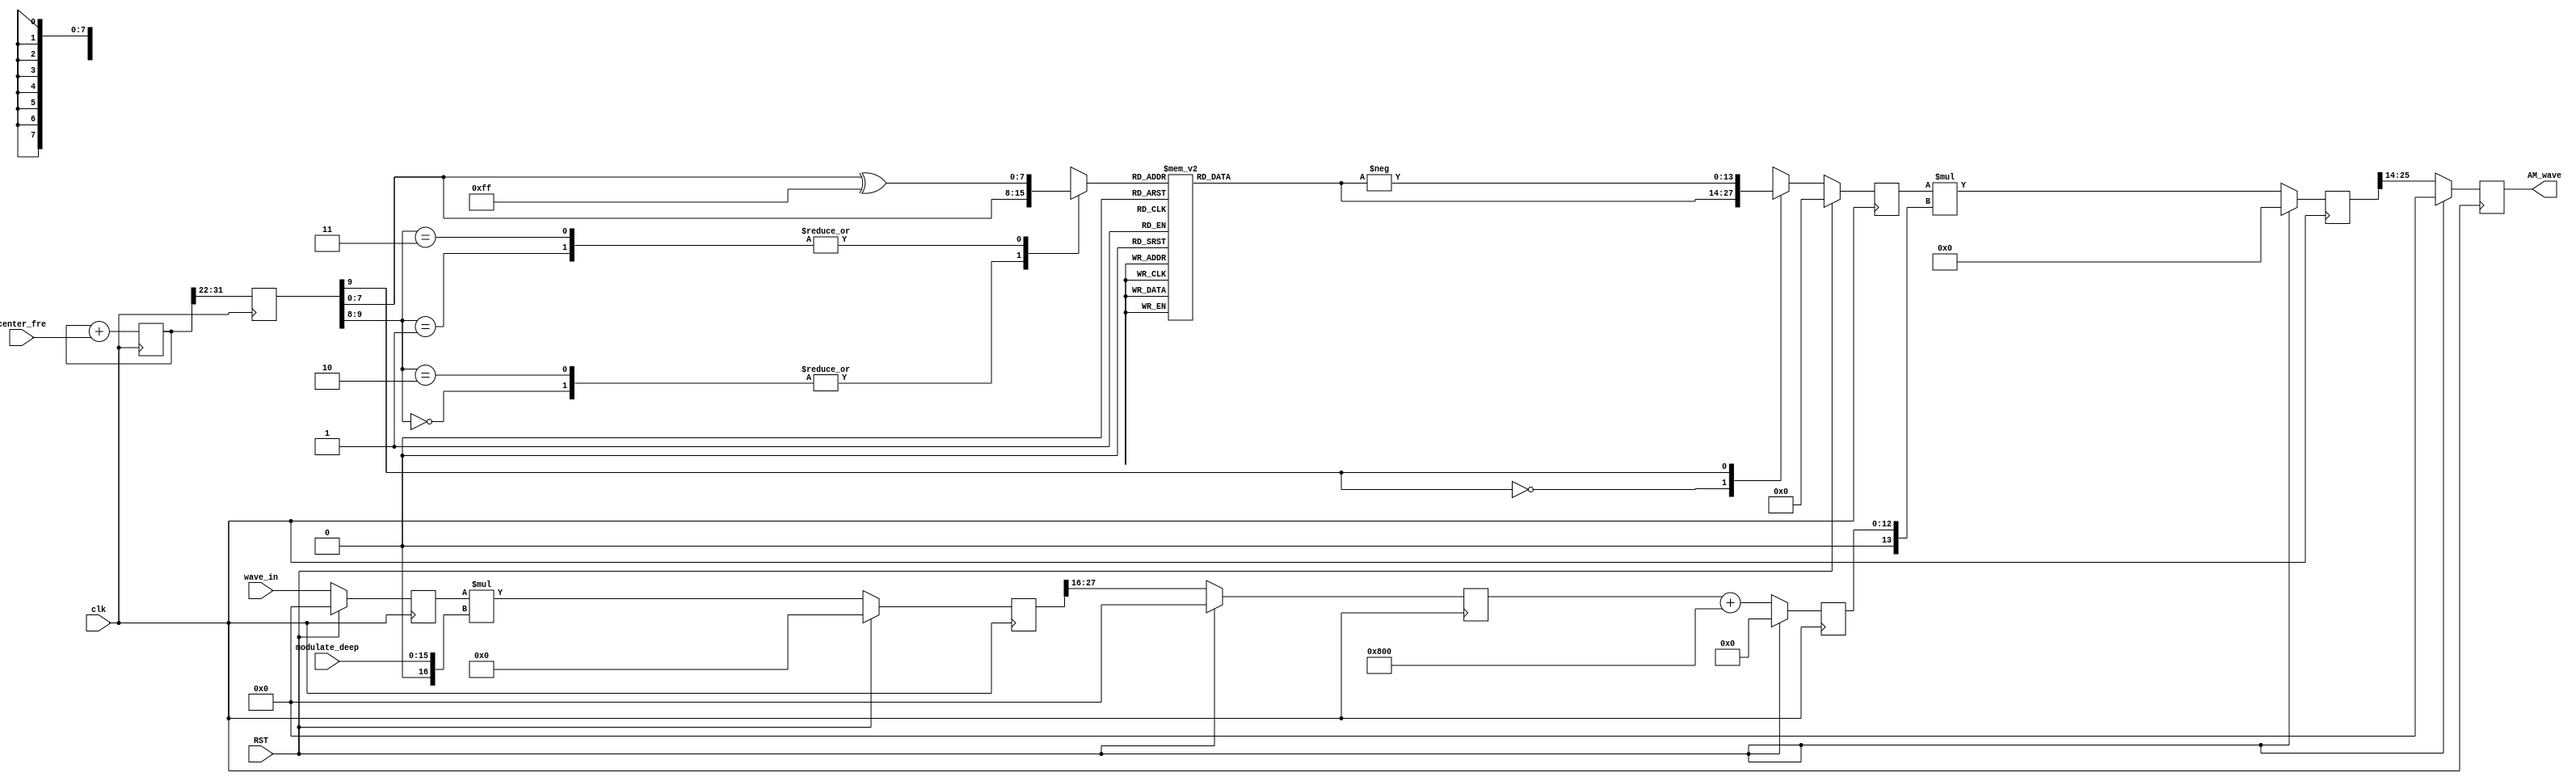
`timescale 1ns / 1ps

module AM_Modulate #(
    parameter INPUT_WIDTH  = 12,
    parameter PHASE_WIDTH  = 32,
	parameter DEEP_WIDTH   = 16,
    parameter OUTPUT_WIDTH = 12
) (
    input                         clk,
    input                         RST,
    input  [INPUT_WIDTH  - 1 : 0] wave_in,
    input  [PHASE_WIDTH  - 1 : 0] center_fre,   //(fre*2^PHASE_WIDTH)/Fc
    input  [DEEP_WIDTH   - 1 : 0] modulate_deep,//(2^DEEP_WIDTH-1)*percent   
    output [OUTPUT_WIDTH - 1 : 0] AM_wave
);

localparam [INPUT_WIDTH - 1 : 0] DC_Value = 2**(INPUT_WIDTH-1);

reg        [INPUT_WIDTH  - 1 : 0] wave_in_r = 0;
always @(posedge clk) begin
    if (RST) begin
        wave_in_r <= 0;
    end
    else begin
        wave_in_r <= wave_in;
    end
end

reg signed [INPUT_WIDTH + DEEP_WIDTH : 0] data_r0 = 0;
always @(posedge clk) begin
    if (RST) begin
        data_r0 <= 0;
    end
    else begin
        data_r0 <= $signed(wave_in_r) * $signed({1'b0,modulate_deep});
    end
end

reg signed [INPUT_WIDTH  - 1 : 0] data_r1 = 0;
always @(posedge clk) begin
    if (RST) begin
        data_r1 <= 0;
    end
    else begin
        data_r1 <= data_r0[INPUT_WIDTH + DEEP_WIDTH - 1 : DEEP_WIDTH];
    end
end

reg        [INPUT_WIDTH : 0] data_r2 = 0;
always @(posedge clk) begin
    if (RST) begin
        data_r2 <= 0;
    end
    else begin
        data_r2 <= $signed(data_r1) + $signed({1'b0,DC_Value});
    end
end

reg [PHASE_WIDTH - 1 : 0] addr_r0 = 0;
always @(posedge clk) begin
    addr_r0 <= addr_r0 + center_fre;
end

reg [9:0] addr_r1 = 0;
always @(posedge clk) begin
    addr_r1 <= addr_r0[PHASE_WIDTH - 1 : PHASE_WIDTH - 10];
end

reg  [7:0] addr = 0; 
always @(*) begin
    case (addr_r1[9:8]) 
        2'b00    :   begin addr <= addr_r1[7:0]; end
        2'b01    :   begin addr <= addr_r1[7:0] ^ 8'b1111_1111; end
        2'b10    :   begin addr <= addr_r1[7:0]; end
        2'b11    :   begin addr <= addr_r1[7:0] ^ 8'b1111_1111; end
        default  :   begin addr <= 8'd0; end
    endcase
end

reg signed [13:0] wave_out_r = 0;
always @(*) begin
    case (addr)
        8'd0 : begin wave_out_r <= 0; end
        8'd1 : begin wave_out_r <= 50; end
        8'd2 : begin wave_out_r <= 101; end
        8'd3 : begin wave_out_r <= 151; end
        8'd4 : begin wave_out_r <= 201; end
        8'd5 : begin wave_out_r <= 252; end
        8'd6 : begin wave_out_r <= 302; end
        8'd7 : begin wave_out_r <= 352; end
        8'd8 : begin wave_out_r <= 402; end
        8'd9 : begin wave_out_r <= 453; end
        8'd10 : begin wave_out_r <= 503; end
        8'd11 : begin wave_out_r <= 553; end
        8'd12 : begin wave_out_r <= 603; end
        8'd13 : begin wave_out_r <= 653; end
        8'd14 : begin wave_out_r <= 703; end
        8'd15 : begin wave_out_r <= 754; end
        8'd16 : begin wave_out_r <= 804; end
        8'd17 : begin wave_out_r <= 854; end
        8'd18 : begin wave_out_r <= 904; end
        8'd19 : begin wave_out_r <= 954; end
        8'd20 : begin wave_out_r <= 1004; end
        8'd21 : begin wave_out_r <= 1054; end
        8'd22 : begin wave_out_r <= 1103; end
        8'd23 : begin wave_out_r <= 1153; end
        8'd24 : begin wave_out_r <= 1203; end
        8'd25 : begin wave_out_r <= 1253; end
        8'd26 : begin wave_out_r <= 1302; end
        8'd27 : begin wave_out_r <= 1352; end
        8'd28 : begin wave_out_r <= 1402; end
        8'd29 : begin wave_out_r <= 1451; end
        8'd30 : begin wave_out_r <= 1501; end
        8'd31 : begin wave_out_r <= 1550; end
        8'd32 : begin wave_out_r <= 1600; end
        8'd33 : begin wave_out_r <= 1649; end
        8'd34 : begin wave_out_r <= 1698; end
        8'd35 : begin wave_out_r <= 1747; end
        8'd36 : begin wave_out_r <= 1796; end
        8'd37 : begin wave_out_r <= 1845; end
        8'd38 : begin wave_out_r <= 1894; end
        8'd39 : begin wave_out_r <= 1943; end
        8'd40 : begin wave_out_r <= 1992; end
        8'd41 : begin wave_out_r <= 2041; end
        8'd42 : begin wave_out_r <= 2090; end
        8'd43 : begin wave_out_r <= 2138; end
        8'd44 : begin wave_out_r <= 2187; end
        8'd45 : begin wave_out_r <= 2235; end
        8'd46 : begin wave_out_r <= 2284; end
        8'd47 : begin wave_out_r <= 2332; end
        8'd48 : begin wave_out_r <= 2380; end
        8'd49 : begin wave_out_r <= 2428; end
        8'd50 : begin wave_out_r <= 2476; end
        8'd51 : begin wave_out_r <= 2524; end
        8'd52 : begin wave_out_r <= 2572; end
        8'd53 : begin wave_out_r <= 2620; end
        8'd54 : begin wave_out_r <= 2667; end
        8'd55 : begin wave_out_r <= 2715; end
        8'd56 : begin wave_out_r <= 2762; end
        8'd57 : begin wave_out_r <= 2809; end
        8'd58 : begin wave_out_r <= 2857; end
        8'd59 : begin wave_out_r <= 2904; end
        8'd60 : begin wave_out_r <= 2951; end
        8'd61 : begin wave_out_r <= 2998; end
        8'd62 : begin wave_out_r <= 3044; end
        8'd63 : begin wave_out_r <= 3091; end
        8'd64 : begin wave_out_r <= 3137; end
        8'd65 : begin wave_out_r <= 3184; end
        8'd66 : begin wave_out_r <= 3230; end
        8'd67 : begin wave_out_r <= 3276; end
        8'd68 : begin wave_out_r <= 3322; end
        8'd69 : begin wave_out_r <= 3368; end
        8'd70 : begin wave_out_r <= 3414; end
        8'd71 : begin wave_out_r <= 3460; end
        8'd72 : begin wave_out_r <= 3505; end
        8'd73 : begin wave_out_r <= 3551; end
        8'd74 : begin wave_out_r <= 3596; end
        8'd75 : begin wave_out_r <= 3641; end
        8'd76 : begin wave_out_r <= 3686; end
        8'd77 : begin wave_out_r <= 3731; end
        8'd78 : begin wave_out_r <= 3776; end
        8'd79 : begin wave_out_r <= 3820; end
        8'd80 : begin wave_out_r <= 3865; end
        8'd81 : begin wave_out_r <= 3909; end
        8'd82 : begin wave_out_r <= 3953; end
        8'd83 : begin wave_out_r <= 3997; end
        8'd84 : begin wave_out_r <= 4041; end
        8'd85 : begin wave_out_r <= 4085; end
        8'd86 : begin wave_out_r <= 4128; end
        8'd87 : begin wave_out_r <= 4172; end
        8'd88 : begin wave_out_r <= 4215; end
        8'd89 : begin wave_out_r <= 4258; end
        8'd90 : begin wave_out_r <= 4301; end
        8'd91 : begin wave_out_r <= 4343; end
        8'd92 : begin wave_out_r <= 4386; end
        8'd93 : begin wave_out_r <= 4428; end
        8'd94 : begin wave_out_r <= 4471; end
        8'd95 : begin wave_out_r <= 4513; end
        8'd96 : begin wave_out_r <= 4555; end
        8'd97 : begin wave_out_r <= 4596; end
        8'd98 : begin wave_out_r <= 4638; end
        8'd99 : begin wave_out_r <= 4679; end
        8'd100 : begin wave_out_r <= 4720; end
        8'd101 : begin wave_out_r <= 4761; end
        8'd102 : begin wave_out_r <= 4802; end
        8'd103 : begin wave_out_r <= 4843; end
        8'd104 : begin wave_out_r <= 4883; end
        8'd105 : begin wave_out_r <= 4924; end
        8'd106 : begin wave_out_r <= 4964; end
        8'd107 : begin wave_out_r <= 5004; end
        8'd108 : begin wave_out_r <= 5044; end
        8'd109 : begin wave_out_r <= 5083; end
        8'd110 : begin wave_out_r <= 5122; end
        8'd111 : begin wave_out_r <= 5162; end
        8'd112 : begin wave_out_r <= 5201; end
        8'd113 : begin wave_out_r <= 5239; end
        8'd114 : begin wave_out_r <= 5278; end
        8'd115 : begin wave_out_r <= 5316; end
        8'd116 : begin wave_out_r <= 5354; end
        8'd117 : begin wave_out_r <= 5392; end
        8'd118 : begin wave_out_r <= 5430; end
        8'd119 : begin wave_out_r <= 5468; end
        8'd120 : begin wave_out_r <= 5505; end
        8'd121 : begin wave_out_r <= 5542; end
        8'd122 : begin wave_out_r <= 5579; end
        8'd123 : begin wave_out_r <= 5616; end
        8'd124 : begin wave_out_r <= 5652; end
        8'd125 : begin wave_out_r <= 5689; end
        8'd126 : begin wave_out_r <= 5725; end
        8'd127 : begin wave_out_r <= 5761; end
        8'd128 : begin wave_out_r <= 5796; end
        8'd129 : begin wave_out_r <= 5832; end
        8'd130 : begin wave_out_r <= 5867; end
        8'd131 : begin wave_out_r <= 5902; end
        8'd132 : begin wave_out_r <= 5937; end
        8'd133 : begin wave_out_r <= 5971; end
        8'd134 : begin wave_out_r <= 6006; end
        8'd135 : begin wave_out_r <= 6040; end
        8'd136 : begin wave_out_r <= 6074; end
        8'd137 : begin wave_out_r <= 6107; end
        8'd138 : begin wave_out_r <= 6141; end
        8'd139 : begin wave_out_r <= 6174; end
        8'd140 : begin wave_out_r <= 6207; end
        8'd141 : begin wave_out_r <= 6239; end
        8'd142 : begin wave_out_r <= 6272; end
        8'd143 : begin wave_out_r <= 6304; end
        8'd144 : begin wave_out_r <= 6336; end
        8'd145 : begin wave_out_r <= 6368; end
        8'd146 : begin wave_out_r <= 6399; end
        8'd147 : begin wave_out_r <= 6431; end
        8'd148 : begin wave_out_r <= 6462; end
        8'd149 : begin wave_out_r <= 6493; end
        8'd150 : begin wave_out_r <= 6523; end
        8'd151 : begin wave_out_r <= 6553; end
        8'd152 : begin wave_out_r <= 6584; end
        8'd153 : begin wave_out_r <= 6613; end
        8'd154 : begin wave_out_r <= 6643; end
        8'd155 : begin wave_out_r <= 6672; end
        8'd156 : begin wave_out_r <= 6701; end
        8'd157 : begin wave_out_r <= 6730; end
        8'd158 : begin wave_out_r <= 6759; end
        8'd159 : begin wave_out_r <= 6787; end
        8'd160 : begin wave_out_r <= 6815; end
        8'd161 : begin wave_out_r <= 6843; end
        8'd162 : begin wave_out_r <= 6870; end
        8'd163 : begin wave_out_r <= 6897; end
        8'd164 : begin wave_out_r <= 6925; end
        8'd165 : begin wave_out_r <= 6951; end
        8'd166 : begin wave_out_r <= 6978; end
        8'd167 : begin wave_out_r <= 7004; end
        8'd168 : begin wave_out_r <= 7030; end
        8'd169 : begin wave_out_r <= 7056; end
        8'd170 : begin wave_out_r <= 7081; end
        8'd171 : begin wave_out_r <= 7106; end
        8'd172 : begin wave_out_r <= 7131; end
        8'd173 : begin wave_out_r <= 7156; end
        8'd174 : begin wave_out_r <= 7180; end
        8'd175 : begin wave_out_r <= 7204; end
        8'd176 : begin wave_out_r <= 7228; end
        8'd177 : begin wave_out_r <= 7251; end
        8'd178 : begin wave_out_r <= 7275; end
        8'd179 : begin wave_out_r <= 7298; end
        8'd180 : begin wave_out_r <= 7320; end
        8'd181 : begin wave_out_r <= 7343; end
        8'd182 : begin wave_out_r <= 7365; end
        8'd183 : begin wave_out_r <= 7387; end
        8'd184 : begin wave_out_r <= 7408; end
        8'd185 : begin wave_out_r <= 7430; end
        8'd186 : begin wave_out_r <= 7451; end
        8'd187 : begin wave_out_r <= 7472; end
        8'd188 : begin wave_out_r <= 7492; end
        8'd189 : begin wave_out_r <= 7512; end
        8'd190 : begin wave_out_r <= 7532; end
        8'd191 : begin wave_out_r <= 7552; end
        8'd192 : begin wave_out_r <= 7571; end
        8'd193 : begin wave_out_r <= 7590; end
        8'd194 : begin wave_out_r <= 7609; end
        8'd195 : begin wave_out_r <= 7627; end
        8'd196 : begin wave_out_r <= 7646; end
        8'd197 : begin wave_out_r <= 7664; end
        8'd198 : begin wave_out_r <= 7681; end
        8'd199 : begin wave_out_r <= 7698; end
        8'd200 : begin wave_out_r <= 7715; end
        8'd201 : begin wave_out_r <= 7732; end
        8'd202 : begin wave_out_r <= 7749; end
        8'd203 : begin wave_out_r <= 7765; end
        8'd204 : begin wave_out_r <= 7781; end
        8'd205 : begin wave_out_r <= 7796; end
        8'd206 : begin wave_out_r <= 7812; end
        8'd207 : begin wave_out_r <= 7827; end
        8'd208 : begin wave_out_r <= 7841; end
        8'd209 : begin wave_out_r <= 7856; end
        8'd210 : begin wave_out_r <= 7870; end
        8'd211 : begin wave_out_r <= 7884; end
        8'd212 : begin wave_out_r <= 7897; end
        8'd213 : begin wave_out_r <= 7910; end
        8'd214 : begin wave_out_r <= 7923; end
        8'd215 : begin wave_out_r <= 7936; end
        8'd216 : begin wave_out_r <= 7948; end
        8'd217 : begin wave_out_r <= 7960; end
        8'd218 : begin wave_out_r <= 7972; end
        8'd219 : begin wave_out_r <= 7983; end
        8'd220 : begin wave_out_r <= 7994; end
        8'd221 : begin wave_out_r <= 8005; end
        8'd222 : begin wave_out_r <= 8016; end
        8'd223 : begin wave_out_r <= 8026; end
        8'd224 : begin wave_out_r <= 8036; end
        8'd225 : begin wave_out_r <= 8045; end
        8'd226 : begin wave_out_r <= 8055; end
        8'd227 : begin wave_out_r <= 8064; end
        8'd228 : begin wave_out_r <= 8072; end
        8'd229 : begin wave_out_r <= 8081; end
        8'd230 : begin wave_out_r <= 8089; end
        8'd231 : begin wave_out_r <= 8097; end
        8'd232 : begin wave_out_r <= 8104; end
        8'd233 : begin wave_out_r <= 8111; end
        8'd234 : begin wave_out_r <= 8118; end
        8'd235 : begin wave_out_r <= 8125; end
        8'd236 : begin wave_out_r <= 8131; end
        8'd237 : begin wave_out_r <= 8137; end
        8'd238 : begin wave_out_r <= 8142; end
        8'd239 : begin wave_out_r <= 8148; end
        8'd240 : begin wave_out_r <= 8153; end
        8'd241 : begin wave_out_r <= 8157; end
        8'd242 : begin wave_out_r <= 8162; end
        8'd243 : begin wave_out_r <= 8166; end
        8'd244 : begin wave_out_r <= 8170; end
        8'd245 : begin wave_out_r <= 8173; end
        8'd246 : begin wave_out_r <= 8176; end
        8'd247 : begin wave_out_r <= 8179; end
        8'd248 : begin wave_out_r <= 8182; end
        8'd249 : begin wave_out_r <= 8184; end
        8'd250 : begin wave_out_r <= 8186; end
        8'd251 : begin wave_out_r <= 8188; end
        8'd252 : begin wave_out_r <= 8189; end
        8'd253 : begin wave_out_r <= 8190; end
        8'd254 : begin wave_out_r <= 8191; end
        8'd255 : begin wave_out_r <= 8191; end
        default : begin wave_out_r <= 0; end
    endcase
end

reg signed [13 : 0] AM_Carry_r0 = 0;
always @(*) begin
    case (addr_r1[9]) 
        1'b0    :   begin AM_Carry_r0 <= wave_out_r[13 : 0]; end
        1'b1    :   begin AM_Carry_r0 <= - wave_out_r[13 : 0]; end
        default :   begin AM_Carry_r0 <= 14'd0; end
    endcase
end

reg signed [13 : 0] AM_Carry_r1 = 0;
always @(posedge clk) begin
    if (RST) begin
        AM_Carry_r1 <= 0;
    end
    else begin
        AM_Carry_r1 <= AM_Carry_r0;
    end
end

reg signed [INPUT_WIDTH + 14 : 0] AM_wave_r0 = 0;
always @(posedge clk) begin
    if (RST) begin
        AM_wave_r0 <= 0;
    end
    else begin
        AM_wave_r0 <= $signed(AM_Carry_r1) * $signed({1'b0,data_r2});
    end
end

reg signed [OUTPUT_WIDTH - 1 : 0] AM_wave_r1 = 0;
always @(posedge clk) begin
    if (RST) begin
        AM_wave_r1 <= 0;
    end
    else begin
        AM_wave_r1 <= AM_wave_r0[INPUT_WIDTH + 13 : INPUT_WIDTH + 14 - OUTPUT_WIDTH];
    end
end
assign AM_wave = AM_wave_r1;

endmodule